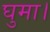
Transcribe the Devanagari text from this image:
घुमा।